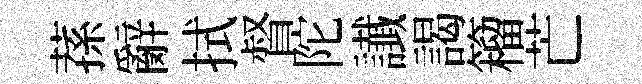
蓀辭拭督陀䜟謁籕芒